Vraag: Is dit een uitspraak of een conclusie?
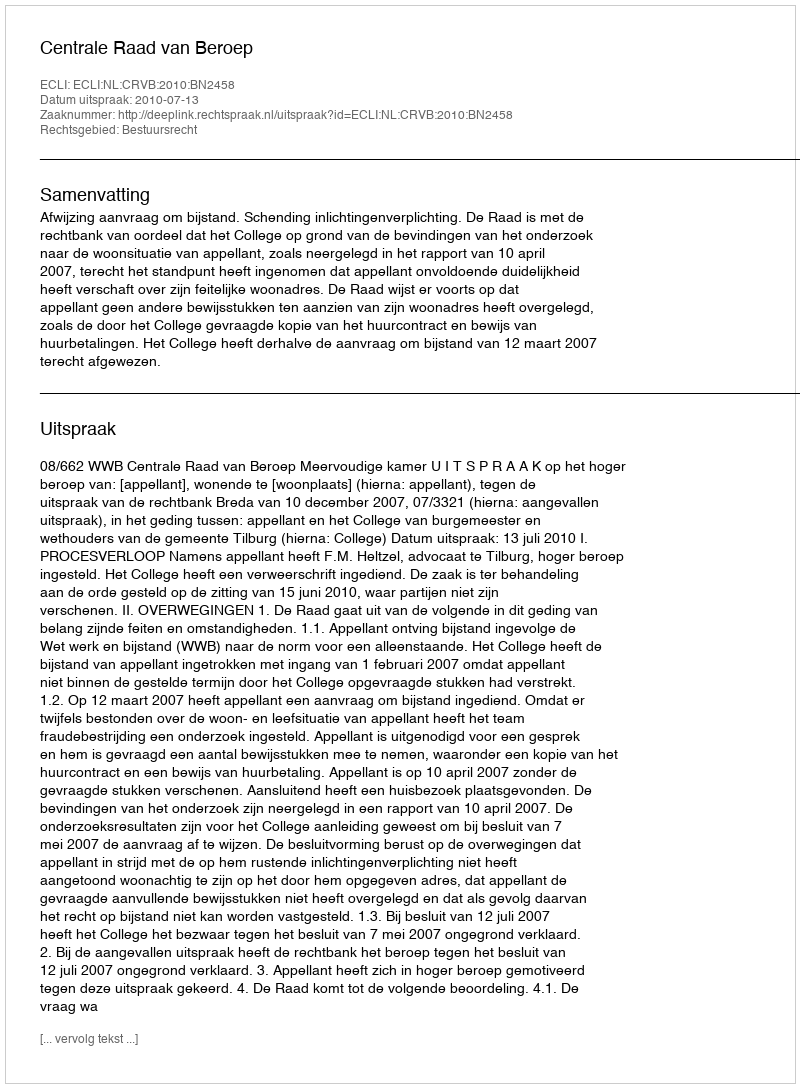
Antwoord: Uitspraak